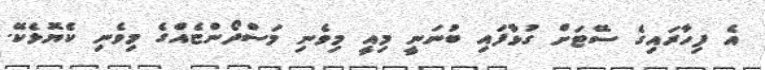
އެ ފިހާރައިގެ ސޭޓަށް ގުޅާފައި ބުނަނީ މިއީ މިވެނި މަސްދޯންޏެއްގެ މިވެނި ކެޔޮޅެކޭ.